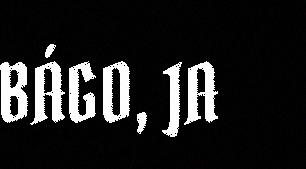
BÁGO, JA